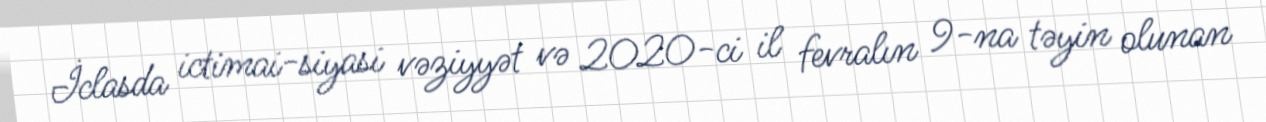
İclasda ictimai-siyasi vəziyyət və 2020-ci il fevralın 9-na təyin olunan